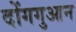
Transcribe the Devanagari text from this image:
दोंगगुआन